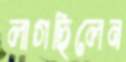
লাগছিলেন